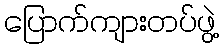
ပြောက်ကျားတပ်ဖွဲ့